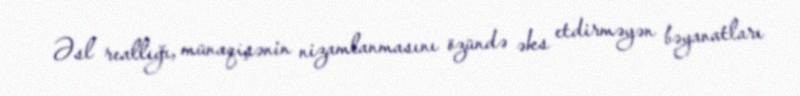
Əsl reallığı, münaqişənin nizamlanmasını özündə əks etdirməyən bəyanatları